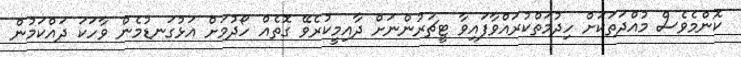
ކޮންމެވެސް މުއްދަތަކަށް ހިދުމަތްކުރައްވާފައިވާ ޓީޗަރުންނަށް ދާއިމީކުރެވޭ ގޮތެއް ހޯދުމަށް އަޅުގަނޑުމެން ވާހަކަ ދައްކަމުން